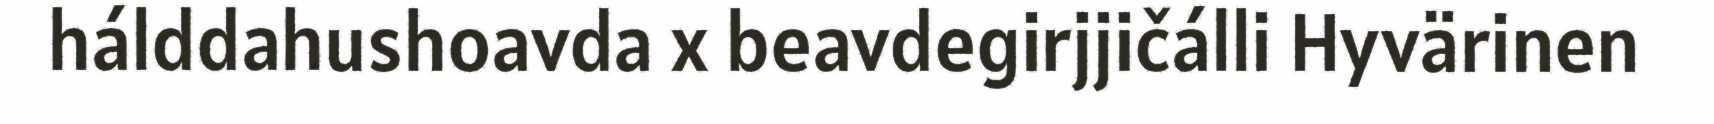
hálddahushoavda x beavdegirjjičálli Hyvärinen